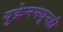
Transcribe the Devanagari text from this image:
युक्रेनमधूनही